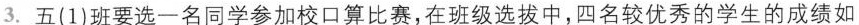
3.五(1)班要选一名同学参加校口算比赛，在班级选拔中，四名较优秀的学生的成绩如